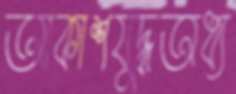
আকাশযুদ্ধঅধ্য